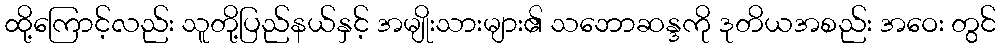
ထို့ကြောင့်လည်း သူတို့ပြည်နယ်နှင့် အမျိုးသားများ၏ သဘောဆန္ဒကို ဒုတိယအစည်း အဝေး တွင်